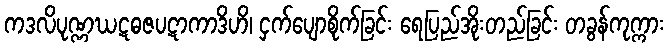
ကဒလိပုဏ္ဏဃဋဓဇပဋာကာဒိဟိ၊ ငှက်ပျောစိုက်ခြင်း ရေပြည်အိုးတည်ခြင်း တခွန်ကုက္ကား